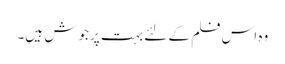
وہ اس فلم کے لئے بہت پرجوش ہیں۔